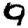
Digit: 9